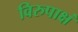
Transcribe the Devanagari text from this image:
विरुपाक्षं